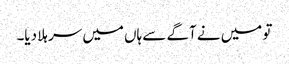
تو میں نے آگے سے ہاں میں سر ہلا دیا۔